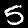
Label: 5